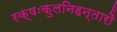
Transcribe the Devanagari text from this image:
रक्षःकुलनिहन्तारौ